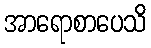
အာရောစာပေသိ